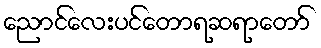
ညောင်လေးပင်တောရဆရာတော်